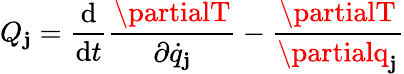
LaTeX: Q_{\mathbf{j}}={\frac{{\mathrm{{d}}}}{{\mathrm{{d}}t}}}{\frac{{\partialT}}{{\partial{\dot{{q}}}_{\mathbf{j}}}}}-{\frac{{\partialT}}{{\partialq_{\mathbf{j}}}}}